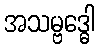
အသမ္ဗဒ္ဓေါ